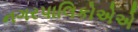
નગરપાલિકોએએ